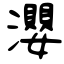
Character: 瀴